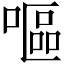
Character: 嘔